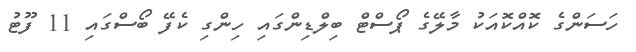
ހަސަންގެ ކޮއްކޮއަކު މާލޭގެ ޕޯސްޓް ބިލްޑިންގައި ހިންގި ކެފޭ ބޯސްގައި 11 ފޫޓު